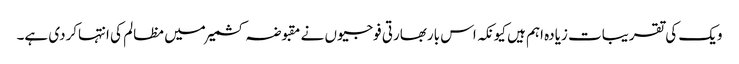
ویک کی تقریبات زیادہ اہم ہیں کیونکہ اس باربھارتی فوجیوں نے مقبوضہ کشمیرمیں مظالم کی انتہاکردی ہے۔